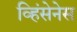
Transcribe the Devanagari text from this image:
व्हिंसेनेस